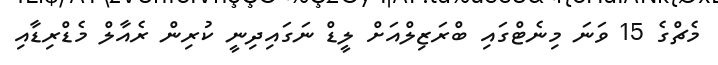
މެޗްގެ 15 ވަނަ މިނެޓްގައި ބްރަޒިލްއަށް ލީޑް ނަގައިދިނީ ކުރިން ރެއާލް މެޑްރިޑާއި